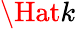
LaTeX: \Hat{k}